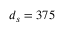
d _ { s } = 3 7 5